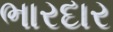
ભારદાર